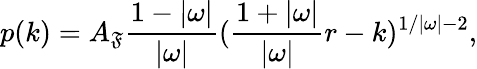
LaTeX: p(k)=A_{\mathfrak{F}}\frac{{1-|\omega|}}{{|\omega|}}(\frac{{1+|\omega|}}{{|\omega|}}r-k)^{1/|\omega|-2},